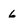
Character: 6